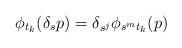
LaTeX: \begin{align*} \phi_{t_k}(\delta_s p) = \delta_{s^j} \phi_{s^m t_k}(p) \end{align*}